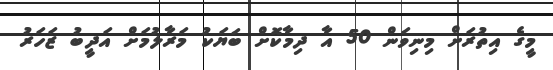
މީގެ އިތުރަށް މިނިވަން 50 އާ ދިމާކޮށް ބަޔަކު މަރާލުމަށް އަދީބު ޒަހަރު